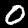
Label: 0